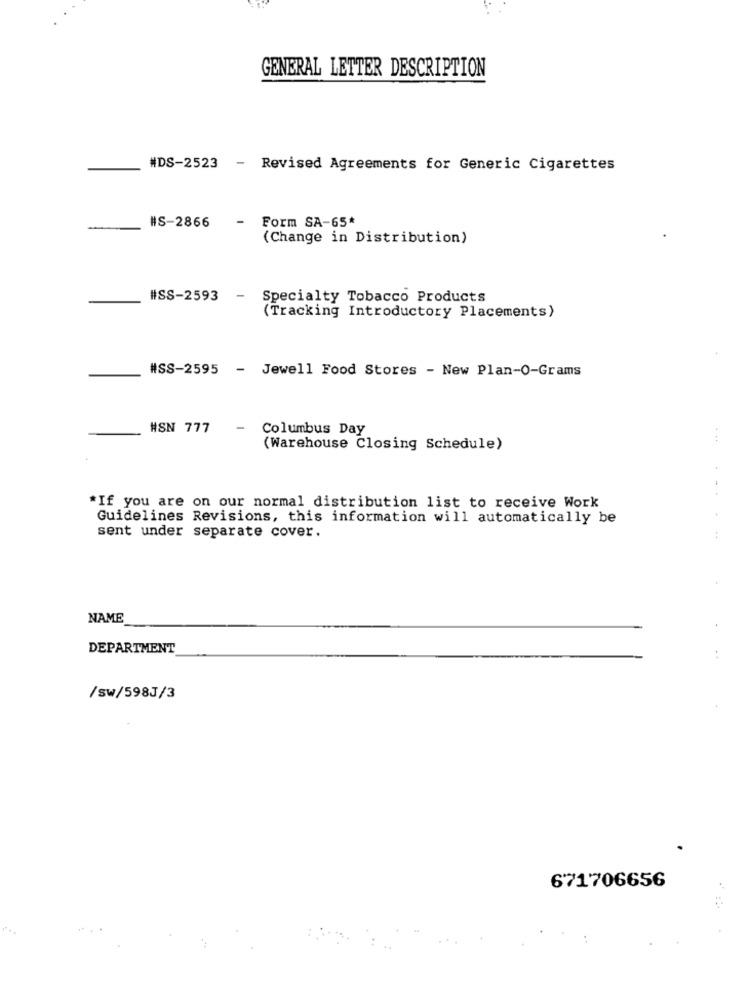
GENERAL LETTER DESCRIPTION
#DS-2523 - Revised Agreements for Generic Cigarettes
-
#S-2866
- Form SA-65*
(Change in Distribution)
#SS-2593 -
Specialty Tobacco Products
(Tracking Introductory Placements)
#SS-2595 - Jewell Food Stores - New Plan-O-Grams
#SN 777
-
Columbus Day
(Warehouse Closing Schedule)
*If you are on our normal distribution list to receive Work
Guidelines Revisions, this information will automatically be
sent under separate cover.
NAME
DEPARTMENT
/sw/598J/3
671706656